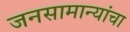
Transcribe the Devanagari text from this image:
जनसामान्यांचा